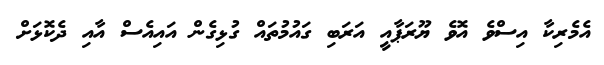
އެމެރިކާ އިސްވެ އޮވެ ޔޫރަޕާއީ އަރަބި ގައުމުތައް ގުޅިގެން އައިއެސް އާއި ދެކޮޅަށް